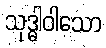
သုဒ္ဓါဝါသော